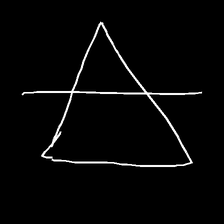
Glyph: empower